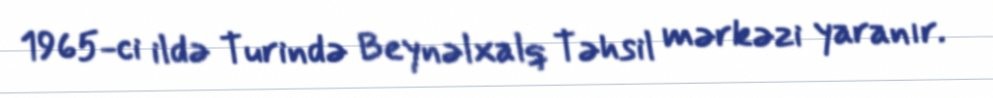
1965-ci ildə Turində Beynəlxalq Təhsil mərkəzi yaranır.